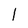
Character: 1